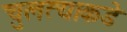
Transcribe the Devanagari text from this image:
चुलत्याकडे